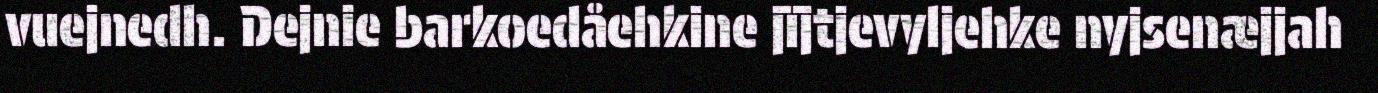
vuejnedh. Dejnie barkoedåehkine jïjtjevyljehke nyjsenæjjah